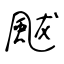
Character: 颰